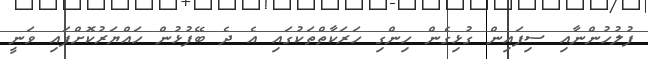
ފުލުހުންނާއި ސިފައިން ގުޅިގެން ހިންގި ހަރަކާތްތަކުގައި އެ ދެ ބޭފުޅުން ހައްޔަރުކޮށްފައި ވަނީ